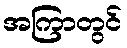
အကြာတွင်